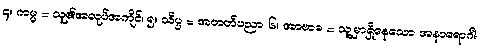
၄။ ကမ္မ = သူ၏အလုပ်အကိုင်၊ ၅။ သိပ္ပ = အတတ်ပညာ၊ ၆။ အာဗာဓ = သူ့မှာရှိနေသော အနာရောဂါ၊